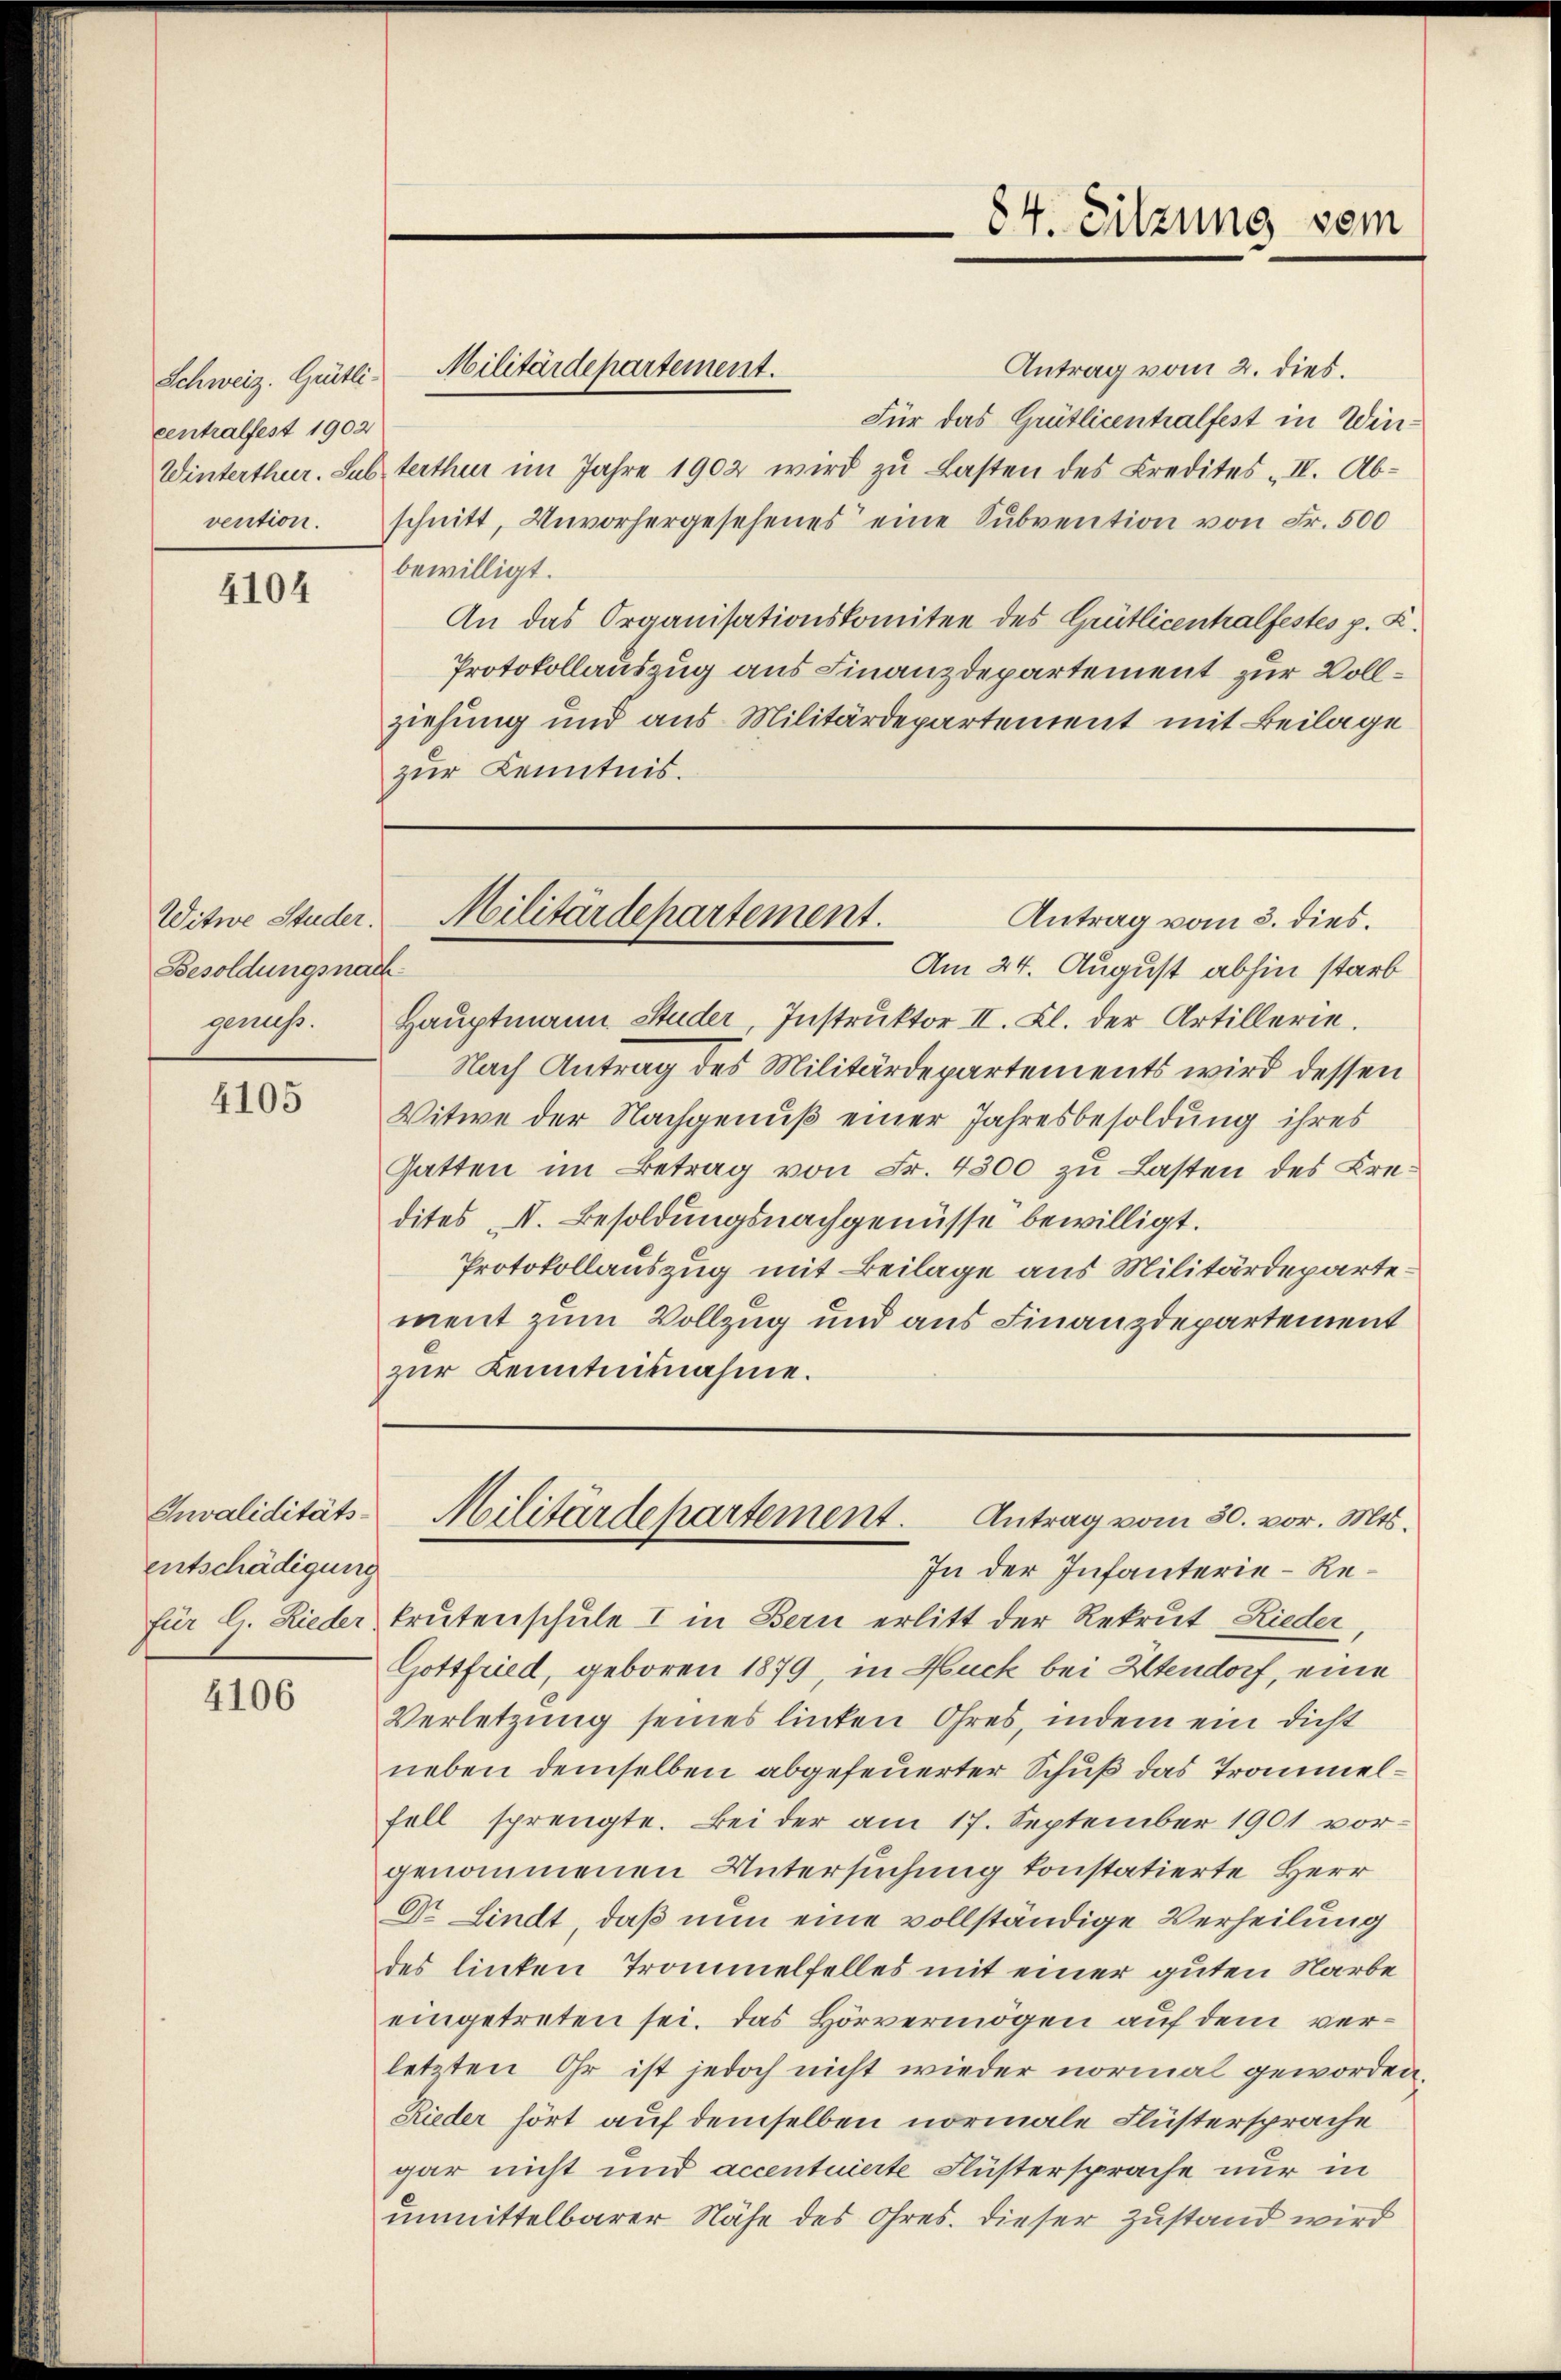
Schweiz. Gütli-
centralfest 1902
Winterthur. Sub.
vention.

4104

Witwe Studer.
Besoldungsnach
genuss.

4105

Invaliditäts-
entschädigung
für l. Rieder.

4106

Antrag vom 2. dies.
Militärdepartement.
Für das Grütlicentralfest in Winterthur im Jahre 1902 wird zu Lasten des Kredites II. Abschnitt, Unvorhergesehenes eine Subvention von Fr. 500
bewilligt.
An das Organisationskomitee des Grütlicentralfestes p. K.
Protokollauszug aus Finanzdepartement zur Vollziehung und aus Militärdepartement mit Beilage
zur Kenntnis.
Am 24. August abhin starb
Haŭptmann Studer, Instrŭktor II. Kl. der Artillerie.
Nach Antrag des Militärdepartements wird dessen
Witwe der Nachgenuß einer Jahresbesoldung ihres
Gatten im Betrag von Fr. 4300 zu Lasten des Kredites N. Besoldungsnachgenüsse bewilligt.
Protokollauszug mit Beilage aus Militärdepartement zum Vollzug und aus Finanzdepartement
zur Kenntnisnahme.
Militärdepartement. Antrag vom 30. vor. Mts.
In der Infanterie-Rekrutenschule I in Bern erlitt der Rekrut Rieder
Gottfried, geboren 1879, in Huck bei Altendorf, eine
Verletzung seines linken Ohres, indem ein dicht
neben demselben abgefeuerter Schuß das Trommelfell sprengte. Bei der am 17. September 1901 vorgenommenen Untersuchung konstatierte Herr
Dr. Lindt, daß nun eine vollständige Verheilung
des linken Trommelfelles mit einer guten Narbe
eingetreten sei. Das Hörvermögen auf dem verletzten Ohr ist jedoch nicht wieder normal geworden.
Rieder hört auf demselben normale Flüstersprache
gar nicht und accentuierte Flüstersprache nur in
unmittelbarer Nähe des Ohres. Dieser Zustand wird

Militärdepartement.
Antrag vom 5. dies.

84. Sitzung vom